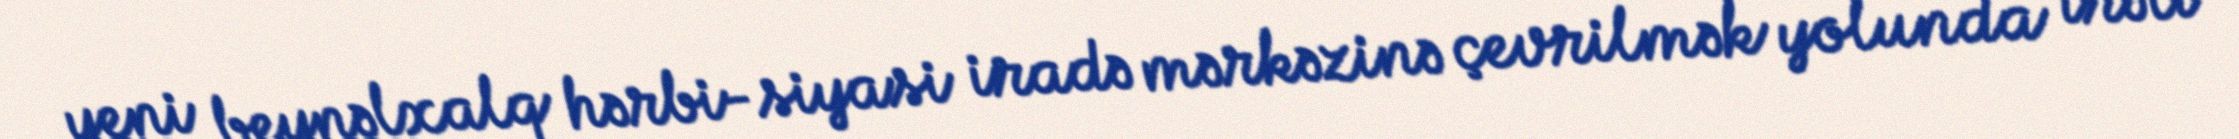
yeni beynəlxalq hərbi-siyasi iradə mərkəzinə çevrilmək yolunda irəli